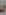
فند